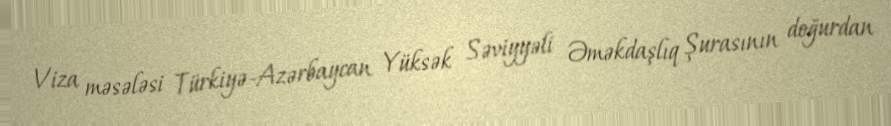
Viza məsələsi Türkiyə-Azərbaycan Yüksək Səviyyəli Əməkdaşlıq Şurasının doğurdan